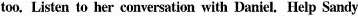
too, Listen to her conversation with Danicl. Help Sandy